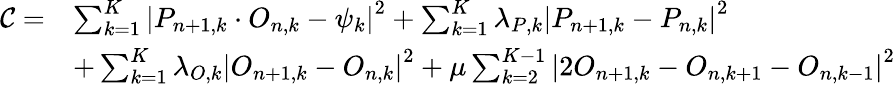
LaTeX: \begin{array}{rl}{\mathcal{C}=}&{\sum_{k=1}^{K}\left|P_{n+1,k}\cdot O_{n,k}-\psi_{k}\right|^{2}+\sum_{k=1}^{K}\lambda_{P,k}\left|P_{n+1,k}-P_{n,k}\right|^{2}}\\ &{+\sum_{k=1}^{K}\lambda_{O,k}\left|O_{n+1,k}-O_{n,k}\right|^{2}+\mu\sum_{k=2}^{K-1}\left|2O_{n+1,k}-O_{n,k+1}-O_{n,k-1}\right|^{2}}\end{array}